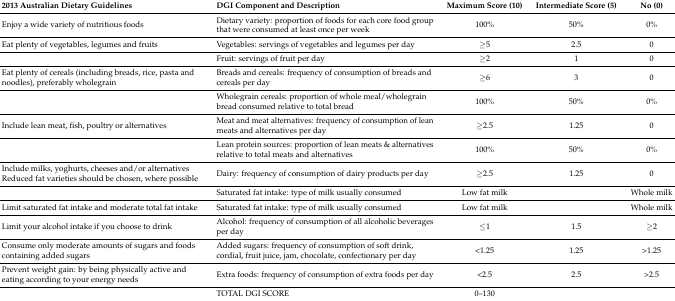
| 2013 Australian Dietary Guidelines | DGI Component and Description | Maximum Score (10) | Intermediate Score (5) | No (0) |
 | --- | --- | --- | --- | --- |
 | Enjoy a wide variety of nutritious foods | Dietary variety: proportion of foods for each core food group that were consumed at least once per week | 100% | 50% | 0% |
 | Eat plenty of vegetables, legumes and fruits | Vegetables: servings of vegetables and legumes per day | ≥5 | 2.5 | 0 |
 |  | Fruit: servings of fruit per day | ≥2 | 1 | 0 |
 | Eat plenty of cereals (including breads, rice, pasta and noodles), preferably wholegrain | Breads and cereals: frequency of consumption of breads and cereals per day | ≥6 | 3 | 0 |
 |  | Wholegrain cereals: proportion of whole meal/wholegrain bread consumed relative to total bread | 100% | 50% | 0% |
 | Include lean meat, fish, poultry or alternatives | Meat and meat alternatives: frequency of consumption of lean meats and alternatives per day | ≥2.5 | 1.25 | 0 |
 |  | Lean protein sources: proportion of lean meats & alternatives relative to total meats and alternatives | 100% | 50% | 0% |
 | Include milks, yoghurts, cheeses and/or alternatives Reduced fat varieties should be chosen, where possible | Dairy: frequency of consumption of dairy products per day | ≥2.5 | 1.25 | 0 |
 |  | Saturated fat intake: type of milk usually consumed | Low fat milk |  | Whole milk |
 | Limit saturated fat intake and moderate total fat intake | Saturated fat intake: type of milk usually consumed | Low fat milk |  | Whole milk |
 | Limit your alcohol intake if you choose to drink | Alcohol: frequency of consumption of all alcoholic beverages per day | ≤1 | 1.5 | ≥2 |
 | Consume only moderate amounts of sugars and foods containing added sugars | Added sugars: frequency of consumption of soft drink, cordial, fruit juice, jam, chocolate, confectionary per day | <1.25 | 1.25 | >1.25 |
 | Prevent weight gain: by being physically active and eating according to your energy needs | Extra foods: frequency of consumption of extra foods per day | <2.5 | 2.5 | >2.5 |
 |  | TOTAL DGI SCORE | 0–130 |  |  |